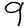
Digit: 9